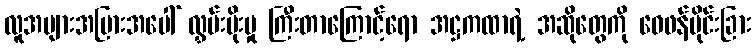
လူအများအပြားအပေါ် လွှမ်းမိုးမှု ကြီးတာကြောင့်ရော အဋ္ဌကထာရဲ့ အဆိုတွေကို ဝေဖန်ပိုင်းခြား